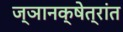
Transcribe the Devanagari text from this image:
ज्ञानक्षेत्रांत